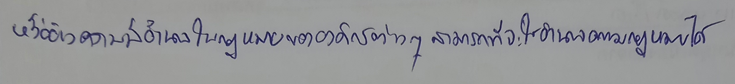
หรืออ้างความมีอำนาจตามกฎหมายขององค์กรต่างๆสามารถที่จะใช้อำนาจตามกฎหมายได้